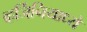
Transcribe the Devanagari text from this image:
व्हर्जिनियाध्ये